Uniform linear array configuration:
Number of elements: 24
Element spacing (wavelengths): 1
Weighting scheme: uniform
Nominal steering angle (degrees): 0
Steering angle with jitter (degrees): -1.82
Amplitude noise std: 0.05
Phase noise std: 0.05

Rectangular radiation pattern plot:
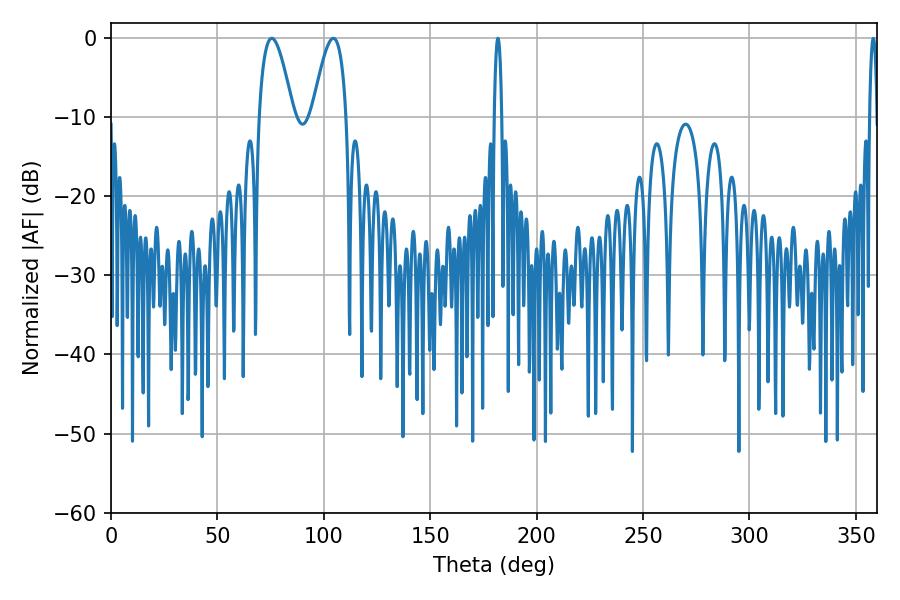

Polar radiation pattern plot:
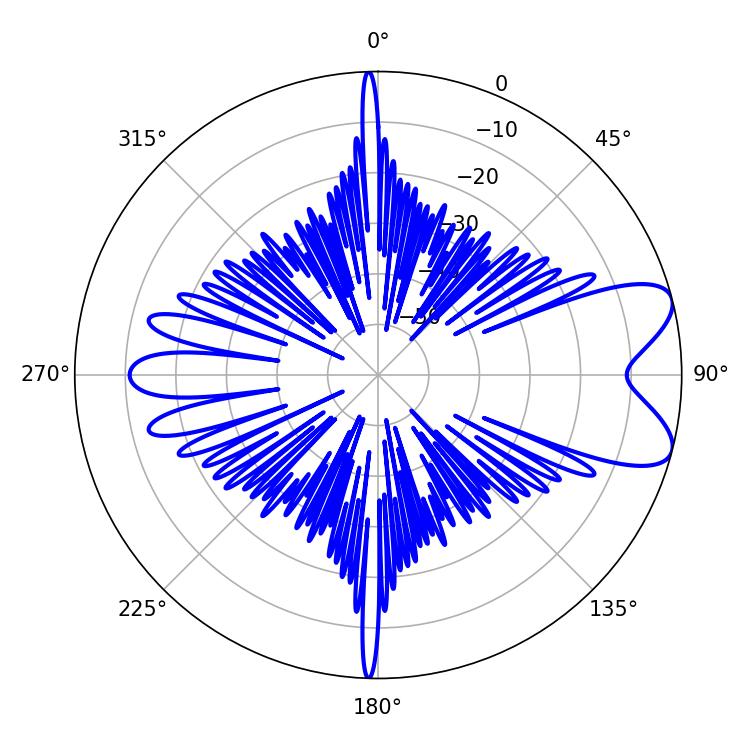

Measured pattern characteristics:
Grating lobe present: TRUE
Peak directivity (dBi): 8.088
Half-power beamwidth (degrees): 8.82
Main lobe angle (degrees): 75.6